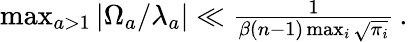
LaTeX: \begin{array}{r}{\operatorname*{max}_{a>1}\vert\Omega_{a}/\lambda_{a}\vert\ll\frac{1}{\beta(n-1)\operatorname*{max}_{i}\sqrt{\pi_{i}}}\, .}\end{array}